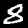
Digit: 8